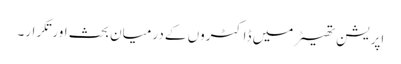
اپریشن تھیٹر میں ڈاکٹروں کے درمیان بحث اورتکرار۔